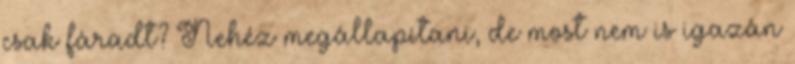
csak fáradt? Nehéz megállapítani, de most nem is igazán